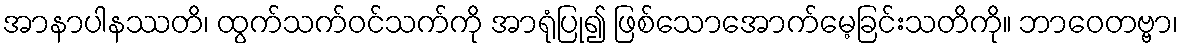
အာနာပါနဿတိ၊ ထွက်သက်ဝင်သက်ကို အာရုံပြု၍ ဖြစ်သောအောက်မေ့ခြင်းသတိကို။ ဘာဝေတဗ္ဗာ၊